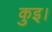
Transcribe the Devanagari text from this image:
कुइ।